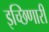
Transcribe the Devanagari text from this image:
इच्छिणारी